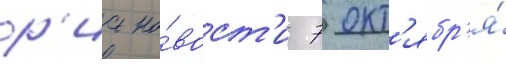
р'иа но́вост'и 7 окт'ябр'я́